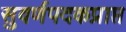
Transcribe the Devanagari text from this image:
सुवर्णपदकप्राप्त